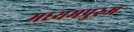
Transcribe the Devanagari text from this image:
मध्‍यमपुरुष